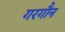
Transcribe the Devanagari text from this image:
गरगौन